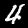
Label: 4